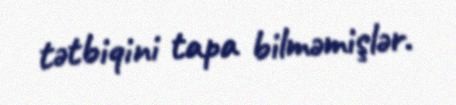
tətbiqini tapa bilməmişlər.